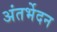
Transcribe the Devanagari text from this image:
अंतर्भेदन